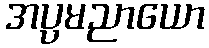
အပ္ပမညာယော